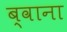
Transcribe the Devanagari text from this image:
ब्वाना